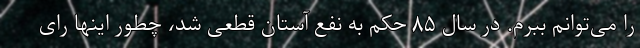
را می‌توانم ببرم. در سال ۸۵ حکم به نفع آستان قطعی شد، چطور اینها رای